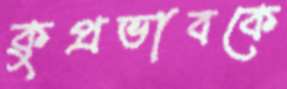
কুপ্রভাবকে